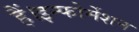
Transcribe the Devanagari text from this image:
हैं।इन्फोर्मेशन